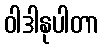
ဝါဒါနုပါတာ